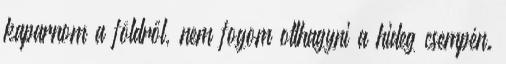
kaparnom a földről, nem fogom otthagyni a hideg csempén.